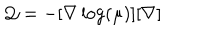
LaTeX: { \mathcal Q } = - [ { \bf \nabla } \log ( \mu ) ] [ { \bf \nabla } ]